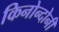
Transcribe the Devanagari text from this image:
किनोन्दोनी